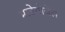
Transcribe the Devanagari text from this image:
माडेमोजेल